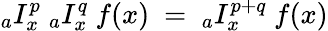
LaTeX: {}_{a}I_{x}^{p}~{}_{a}I_{x}^{q}~f(x)~=~{}_{a}I_{x}^{p+q}~f(x)